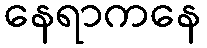
နေရာကနေ